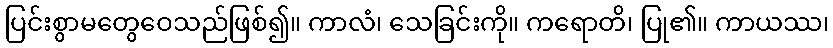
ပြင်းစွာမတွေဝေသည်ဖြစ်၍။ ကာလံ၊ သေခြင်းကို။ ကရောတိ၊ ပြု၏။ ကာယဿ၊